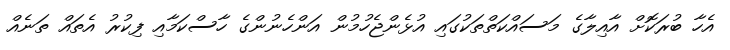
އެހާ ބުރަކޮށް އާއިލާގެ މަސައްކަތްތަކުގައި އުޅެންޖެހުމުން އަންހެނުންގެ ހާސްކަމާއި ފިކުރު އެތައް ތަނެއް